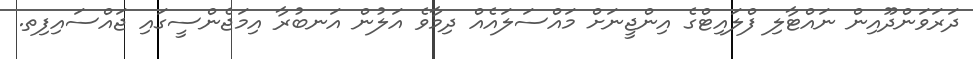
ދަރަވަންދޫއިން ނައްޓާލި ފްލައިޓްގެ އިންޖީނަށް މައްސަލައެއް ދިމާވެ އަލުން އަނބުރާ އިމަޖެންސީގައި ޖައްސައިފިތ.